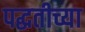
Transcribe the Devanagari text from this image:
पद्घतीच्या